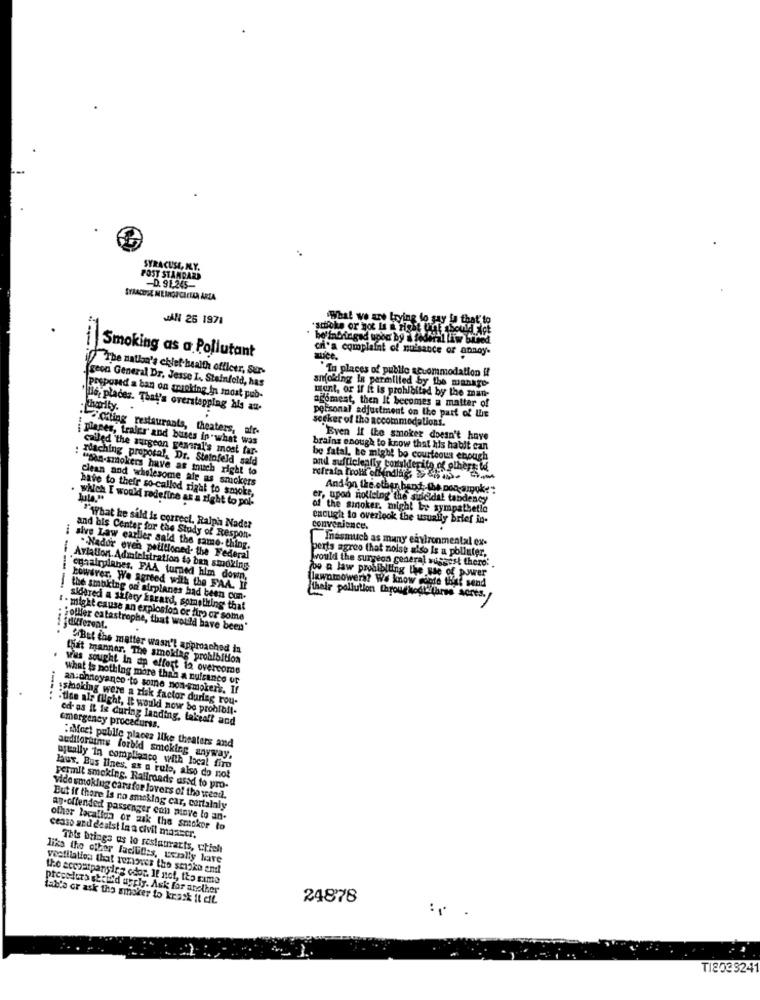
SYRACUSE, MY.
POST STANDARD
D. 91,245
SYRACUSE MEAROUCAETLA ARIA
JAN 26 1971
What we are trying to say is that to
sitioke or not Is a Host that should Not
cri'a complaint of nuisance of annoy-
Smoking as a Pollutant
The nation's chlet- health officer, Sur-
In places of public accommodation il
geon General Dr. Jesse I ., Steinfold, has
anoking In permilled by the manage-
mont, or If it is prohibited by the man-
proposed a ban on gripking in most pub-
acomest, then It becomes a matter of
lle, places. That's overstepping Als au-
socker of tho accommodations.
personal adjustment on the part of the
gling restaurants, theaters, afr-
places, traler and buses in what was
Even if the smoker doesn't have
called the surgeon general's most far-
brains enough to know that his habit can
riaching proposal, Dr. Stetofeld sald
be fatal, he might bo courteous enough
"Ban-smokers have as touch right to
pod sufficiently considerity of olhere id
clean and wholesome afr as smokers
refrain fromi offinding
have to their so-called right to smoke,
And on the other hand, the non-amok:""
which I would redefine as a right to pol-
er, upon noticing the sipeldal tandency
of the sinoker, might be sympathetic
enought to overlook the usually brief in-
"What he sild is correct. Ralph Nader
convenience.
and bis Center for the Study of Respon-
Inasmuch as many environmental ex-
i sive Law carller said the same- thing.
perts agree that noise also Is a polluter,
. Nador even petitloced- the Federal
would the surgeon general suggest there' .
Aviation Administration is ban smoking
be a law prohibiting the use of power
cyaairplanes. FAA turned him down.
(lawnmowers? We know siete thist send
bowdrer. We Agreed with the FAA. IF
the smoking on airplanes had been con-
their pollution throughodl" farse sores-
sidered a sifary karard, something that
· might cause an explosion or fury or some
different.
youffer catastrophe, that would have been"
-------.
"But the matter wasn't approached in
.
that manner. The smoking prohibition
was sought In an effort to overcome
what is nothing more than a nulcinco of
an:phnoyanco to some non-smokers. If
---...
:smoking were a risk factor duriag rou-
-tide air flight, It would now be probibil-
ed as It is during landing, takeoff and
emergency procedurss.
"Moct publle places like theaters and
auditoratms forbid smoking anyway.
usually in compliance with local firo
laus. Bus lines, as a rule, also do not
permit smoking. Railroads used to pro-
Vide smoking carsfor lovers of the weed.
But if there Is no smoking car, cortalaly
ay-offended passenger con minve lo an-
other locallon or ask the smoker to
censo and dealst In a civil masser.
This brings us to restaurants, chich
like the other lacules, ucrlly have
vestliation that removes the smoke and
the accoutparsing odor. If not, tto same
preceders kei'd apply. Ask for another
tabla or ask the smoker to krask It cff.
24878
T1203324